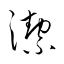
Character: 潔